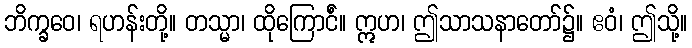
ဘိက္ခဝေ၊ ရဟန်းတို့။ တသ္မာ၊ ထိုကြောင်ံ။ ဣဟ၊ ဤသာသနာတော်၌။ ဧဝံ၊ ဤသို့။